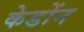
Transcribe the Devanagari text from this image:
केडोंन